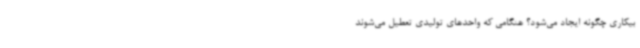
بیکاری چگونه ایجاد می‌شود؟ هنگامی که واحدهای تولیدی تعطیل می‌شوند